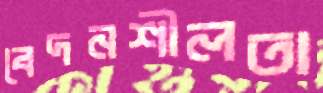
বেদনশীলতা